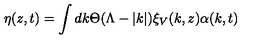
\eta ( z , t ) = \int d k \Theta ( \Lambda - | k | ) \xi _ { V } ( k , z ) \alpha ( k , t )